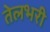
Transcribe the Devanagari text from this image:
तेलभरी